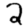
Digit: 2